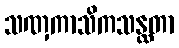
သဏှကာသိကသန္ထတာ